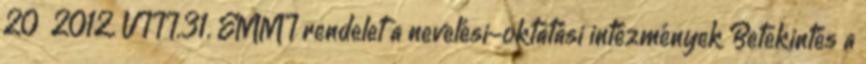
20 2012. VIII.31. EMMI rendelet a nevelési-oktatási intézmények Betekintés a